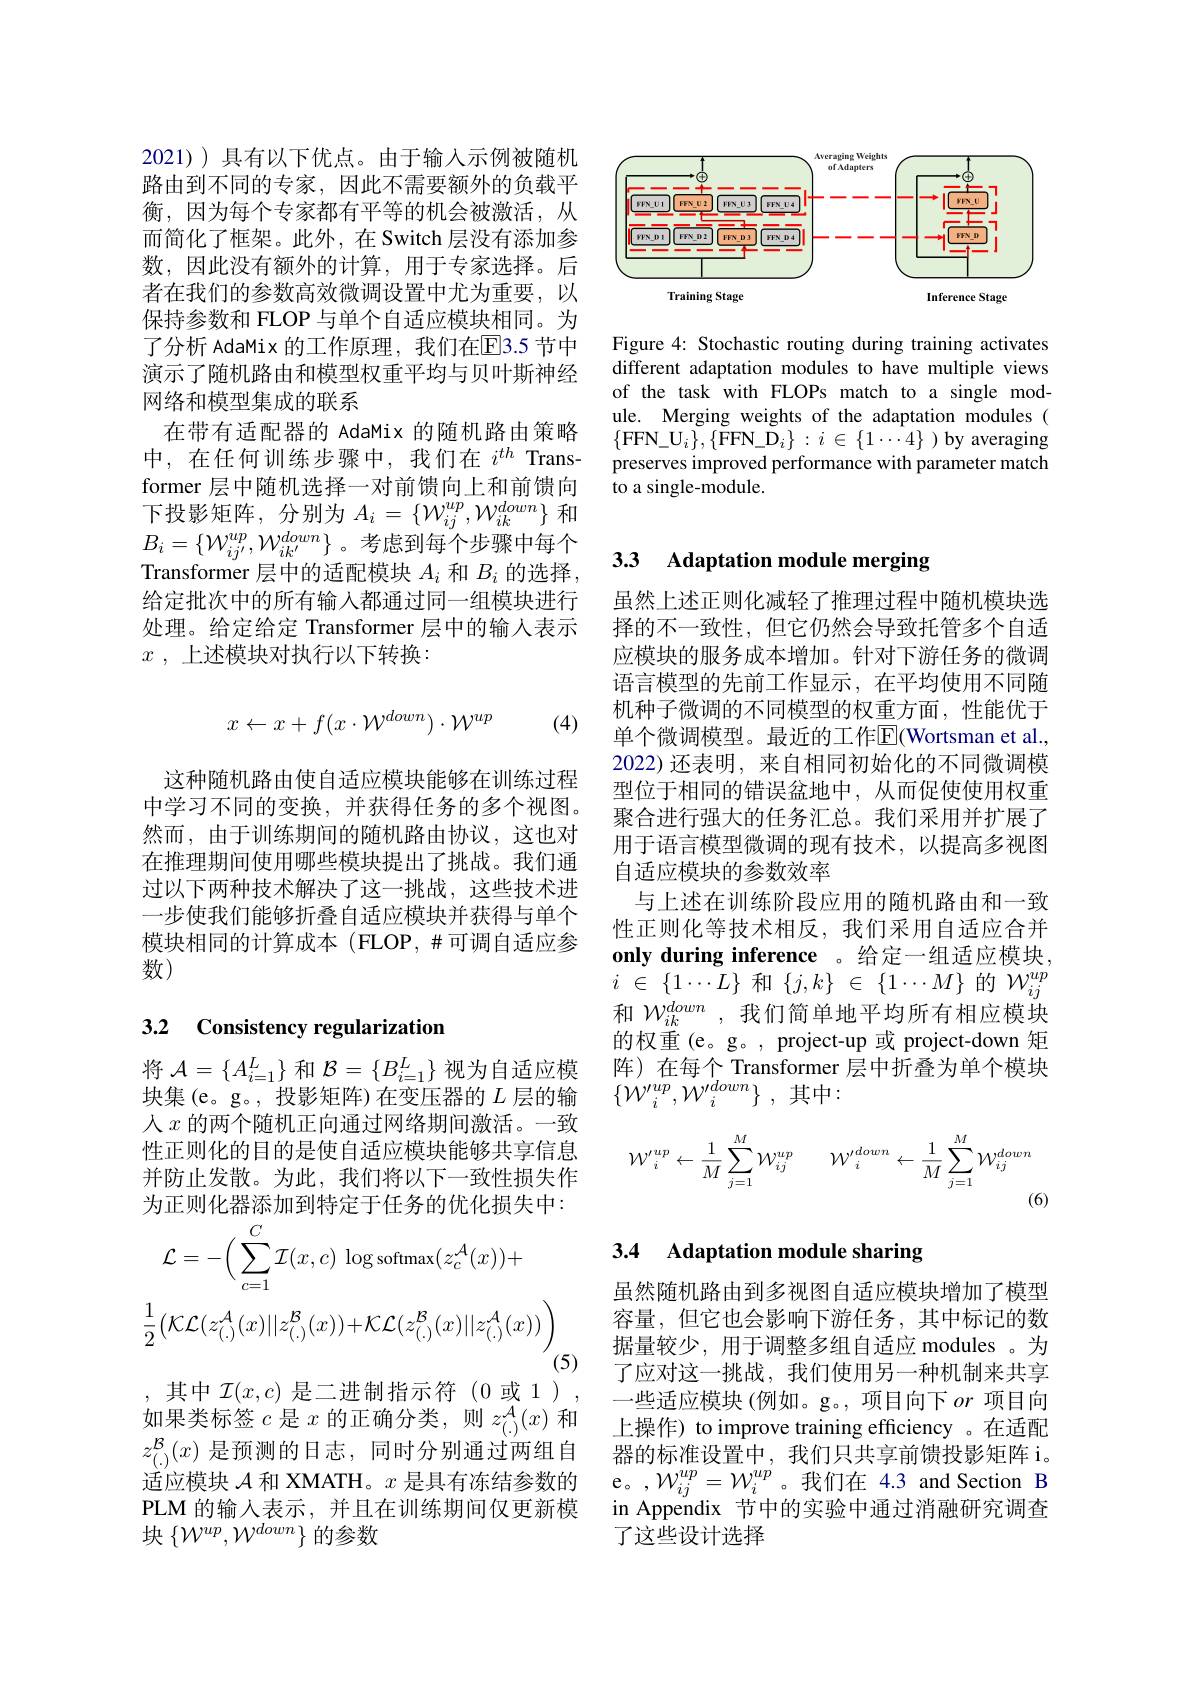
<FigureHere>

Figure 4: Stochastic routing during training activates different adaptation modules to have multiple views of the task with FLOPs match to a single module. Merging weights of the adaptation modules ( $\{\mathrm{FFN\_U}_{i}\},\{\mathrm{FFN\_D}_{i}\}:i\in\{1\cdots4\})$ by averaging preserves improved performance with parameter match to a single-module.

2021) 具有以下优点。由于输入示例被随机路由到不同的专家，因此不需要额外的负载平衡，因为每个专家都有平等的机会被激活，从而简化了框架。此外，在 Switch 层没有添加参数，因此没有额外的计算，用于专家选择。后者在我们的参数高效微调设置中尤为重要，以保持参数和 FLOP 与单个自适应模块相同。为了分析 AdaMix 的工作原理，我们在$\overline{\mathrm{E}}$3.5 节中演示了随机路由和模型权重平均与贝叶斯神经网络和模型集成的联系
在带有适配器的 AdaMix 的随机路由策略中，在任何训练步骤中，我们在$i^th$ Transformer 层中随机选择一对前馈向上和前馈向下投影矩阵，分别为$A_i=\{\mathcal{W}_ij^{up},\mathcal{W}_{ik}^{down}\}$和$B_i=\{\mathcal{W}_{ij^{\prime}}^{up},\mathcal{W}_{ik^{\prime}}^{down}\}$。考虑到每个步骤中每个Transformer 层中的适配模块$A_i$和$B_i$的选择给定批次中的所有输入都通过同一组模块进行处理。给定给定 Transformer 层中的输入表示$x$ , $上 述 模 块 对 执 行 以 下 转 换 :$
$$x\leftarrow x+f(x\cdot\mathcal{W}^{down})\cdot\mathcal{W}^{up}$$
(4)

这种随机路由使自适应模块能够在训练过程中学习不同的变换，并获得任务的多个视图。然而，由于训练期间的随机路由协议，这也对在推理期间使用哪些模块提出了挑战。我们通过以下两种技术解决了这一挑战，这些技术进一步使我们能够折叠自适应模块并获得与单个模块相同的计算成本(FLOP,$\#可调自适应参$ 数)

## 3.2 Consistency regularization

将$\mathcal{A}=\left\{A_i=1^L\right\}$和$\mathcal{B}=\left\{B_i=1^L\right\}$视为自适应模块集(e。g。,投影矩阵)在变压器的$L$层的输人$x$的两个随机正向通过网络期间激活。一致性正则化的目的是使自适应模块能够共享信息并防止发散。为此，我们将以下一致性损失作为正则化器添加到特定于任务的优化损失中：
$$\begin{aligned}&\text{万正人}\\&\mathcal{L}=-\Big(\sum_{c=1}^{C}\mathcal{I}(x,c)\:\log\mathrm{softmax}(z_{c}^{A}(x))+\\&\frac{1}{2}\big(\mathcal{KL}(z_{(.)}^{\mathcal{A}}(x)||z_{(.)}^{\mathcal{B}}(x))+\mathcal{KL}(z_{(.)}^{\mathcal{B}}(x)||z_{(.)}^{\mathcal{A}}(x))\big)\end{aligned}$$
(5)
,其中 $\mathcal{I}(x,c)$ 是二进制指示符(0或1), 如果类标签$c$是$x$的正确分类，则$z_(.)^{\mathcal{A}}(x)$和$z_{(\cdot)}^\mathcal{B}(x)$是预测的日志，同时分别通过两组自适应模块$\mathcal{A}$和 XMATH。$x$是具有冻结参数的PLM 的输入表示，并且在训练期间仅更新模块$\left\{\mathcal{W}^{up},\mathcal{W}^{down}\right\}$的参数

# 3.3 Adaptation module merging

虽然上述正则化减轻了推理过程中随机模块选择的不一致性，但它仍然会导致托管多个自适应模块的服务成本增加。针对下游任务的微调语言模型的先前工作显示，在平均使用不同随机种子微调的不同模型的权重方面，性能优于单个微调模型。最近的工作$\overline{\mathrm{E}}($Wortsman et al. 2022) 还表明，来自相同初始化的不同微调模型位于相同的错误盆地中，从而促使使用权重聚合进行强大的任务汇总。我们采用并扩展了用于语言模型微调的现有技术，以提高多视图自适应模块的参数效率
与上述在训练阶段应用的随机路由和一致性正则化等技术相反，我们采用自适应合并only during inference 。给定一组适应模块$i$ $\in$ $\{ 1\cdots \overset {\circ }{\operatorname* { L} }\}$ 和$\{ j, k\}$ $\in$ $\{ 1\cdots M\}$ 的 $\mathcal{W} _ij^{up}$ 和$\mathcal{W}_{ik}^{down}$,我们简单地平均所有相应模块的权重(e。g。, project-up 或 project-down 矩阵)在每个 Transformer 层中折叠为单个模块$\{ \mathcal{W} _i^{\prime up}, \mathcal{W} _i^{\prime down}\}$ ,其中：
$$\mathcal{W'}_{i}^{up}\leftarrow\frac{1}{M}\sum_{j=1}^{M}\mathcal{W}_{ij}^{up}\quad\mathcal{W'}_{i}^{down}\leftarrow\frac{1}{M}\sum_{j=1}^{M}\mathcal{W}_{ij}^{down}$$
(6)

## 3.4 Adaptation module sharing

虽然随机路由到多视图自适应模块增加了模型容量，但它也会影响下游任务，其中标记的数据量较少，用于调整多组自适应 modules 。为了应对这一挑战，我们使用另一种机制来共享一些适应模块(例如。g。,项目向下$or$项目向上操作) to improve training efficiency 。在适配器的标准设置中，我们只共享前馈投影矩阵 i。e。, $\mathcal{W} _{ij}^{up}= \mathcal{W} _{i}^{up}$。我们在 4.3 and Section B in Appendix 节中的实验中通过消融研究调查了这些设计选择